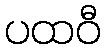
ပထဝီ